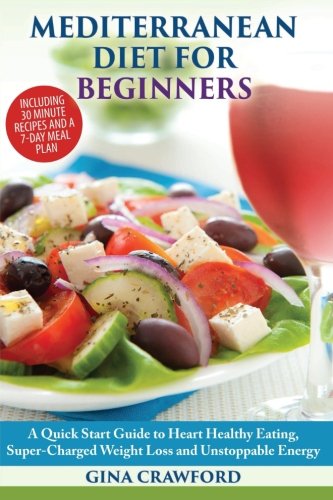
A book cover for Mediterranean Diet for Beginners: A Quick Start Guide to Heart Healthy Eating, Super-Charged Weight Loss and Unstoppable Energy; Gina Crawford; Health, Fitness & Dieting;